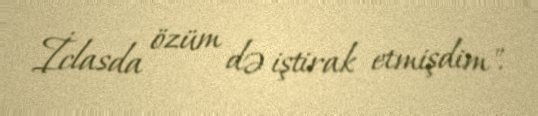
İclasda özüm də iştirak etmişdim".